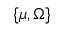
\{ \mu , \Omega \}